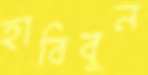
হাবিবুন